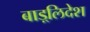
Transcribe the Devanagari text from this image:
बाड़्लिदेश